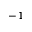
^ { - 1 }